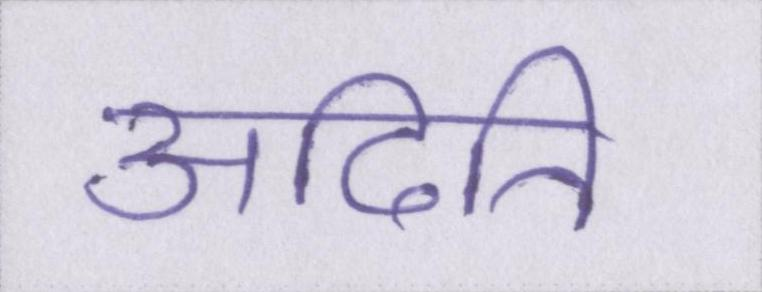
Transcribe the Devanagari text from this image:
अदिति